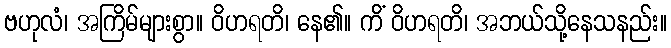
ဗဟုလံ၊ အကြိမ်များစွာ။ ဝိဟရတိ၊ နေ၏။ ကိံ ဝိဟရတိ၊ အဘယ်သို့နေသနည်း။